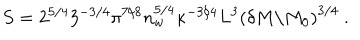
LaTeX: S = 2 ^ { 5 / 4 } 3 ^ { - 3 / 4 } \pi ^ { 7 / 8 } n _ { w } ^ { 5 / 4 } \kappa ^ { - 3 / 4 } L ^ { 3 } \left( \delta M / M _ { 0 } \right) ^ { 3 / 4 } \ .